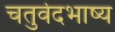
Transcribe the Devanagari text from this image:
चतुर्वेदभाष्य